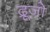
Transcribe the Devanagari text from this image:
द्रूजो